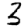
Digit: 3